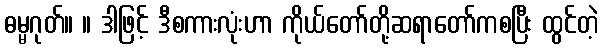
ဓမ္မဂုတ်။ ။ ဒါဖြင့် ဒီစကားလုံးဟာ ကိုယ်တော်တို့ဆရာတော်ကစပြီး ထွင်တဲ့